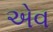
એવ